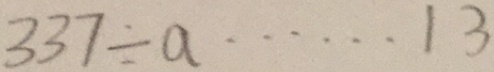
3 3 7 \div a \cdots 1 3